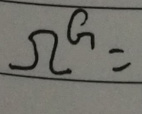
\[
\Omega^{\alpha}=
\]